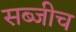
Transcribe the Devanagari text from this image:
सब्जीच